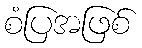
စံပြအဖြစ်